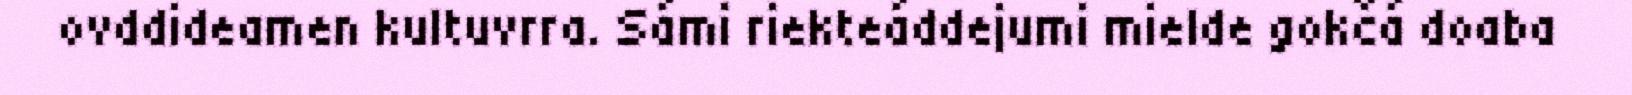
ovddideamen kultuvrra. Sámi riekteáddejumi mielde gokčá doaba